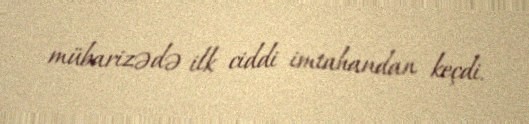
mübarizədə ilk ciddi imtahandan keçdi.